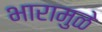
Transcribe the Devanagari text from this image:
भारामुळे